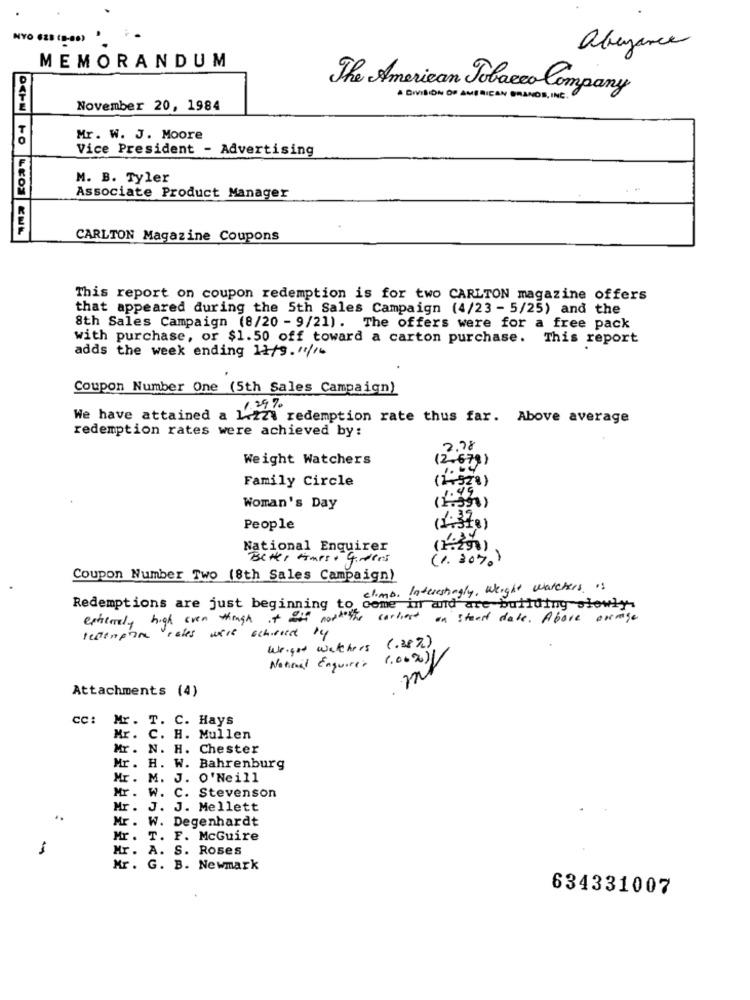
NYO FEB (D-08)
abeyance
MEMORANDUM
The American Tobacco Company
. DIVISION OF AMERICAN GRANDS, INC.
November 20, 1984
Mr. W. J. Moore
Vice President - Advertising
M. B. Tyler
Associate Product Manager
CARLTON Magazine Coupons
This report on coupon redemption is for two CARLTON magazine offers
that appeared during the 5th Sales Campaign (4/23 - 5/25) and the
8th Sales Campaign (8/20 - 9/21). The offers were for a free pack
with purchase, or $1.50 off toward a carton purchase. This report
adds the week ending 11/9."//6
Coupon Number One (5th Sales Campaign)
We have attained a Lizzi redemption rate thus far. Above average
redemption rates were achieved by:
2.78
Weight Watchers
(2,679)
Family Circle
(2,52%)
49.
(1.391)
Woman's Day
1.39
People
(1,318)
National Enquirer
(1.29%)
Better Hass + Girders
(1,30%)
Coupon Number Two (8th Sales Campaign)
climb. Interestingly, weight watchers 's
Redemptions are just beginning to come in and are building slowly
extremely high even though it od norte the carliest
un stead date. Above average
testempire rates were achieved by
Weight watchers ( .38% )
National Enquirer 1.00%)/
mi
Attachments (4)
CC:
Mr . T. C. Hays
Mr.
.C. H. Mullen
Mr. N. H. Chester
Mr. H. W. Bahrenburg
Mr. M. J. O' Neill
Mr . W. C. Stevenson
Mr. J. J. Mellett
..
Mr. W. Degenhardt
Mr. T. F. McGuire
-
Mr. A. S. Roses
Mr. G. B. Newmark
634331007